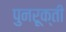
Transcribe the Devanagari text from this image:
पुनरूक्ती